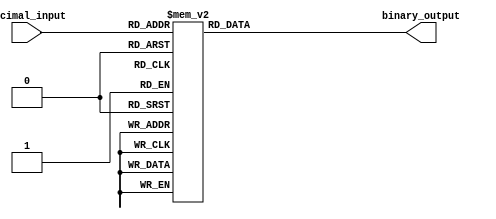
module priority_encoder (
    input [3:0] decimal_input,
    output reg [2:0] binary_output
);

always @(*) begin
    case(decimal_input)
        4'b0001: binary_output = 3'b000;
        4'b0010: binary_output = 3'b001;
        4'b0011: binary_output = 3'b010;
        4'b0100: binary_output = 3'b011;
        4'b0101: binary_output = 3'b100;
        4'b0110: binary_output = 3'b101;
        4'b0111: binary_output = 3'b110;
        4'b1000: binary_output = 3'b111;
        default: binary_output = 3'b000;
    endcase
end

endmodule